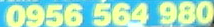
0956 564 980